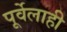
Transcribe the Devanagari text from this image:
पूर्वेलाही